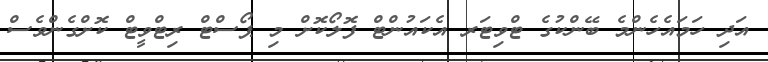
އަދި ހަމައެހެންމެ ބޭންކުގެ ޓްވިޓަރ އެކައުންޓް ފޮލޯކޮށް މި ޕޯސްޓް ރިޓްވީޓް ކޮށްގެންވެސް